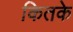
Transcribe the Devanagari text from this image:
कितके